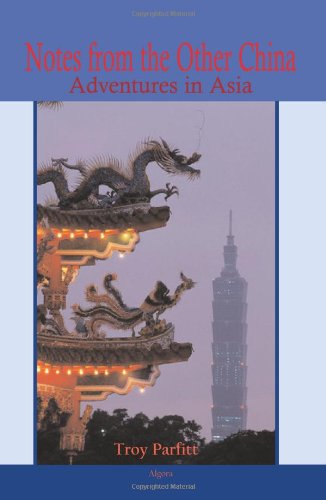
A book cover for Notes from the Other China - Adventures in Asia; Troy Parfitt; Travel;